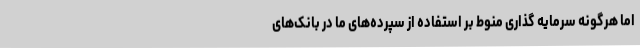
اما هرگونه سرمایه گذاری منوط بر استفاده از سپرده‌های ما در بانک‌های